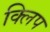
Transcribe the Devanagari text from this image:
क्‍िलप